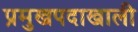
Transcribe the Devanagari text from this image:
प्रमुखपदाखाली